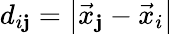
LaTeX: d_{i\mathbf{j}}=\left|\vec{{x}}_{\mathbf{j}}-\vec{{x}}_{i}\right|